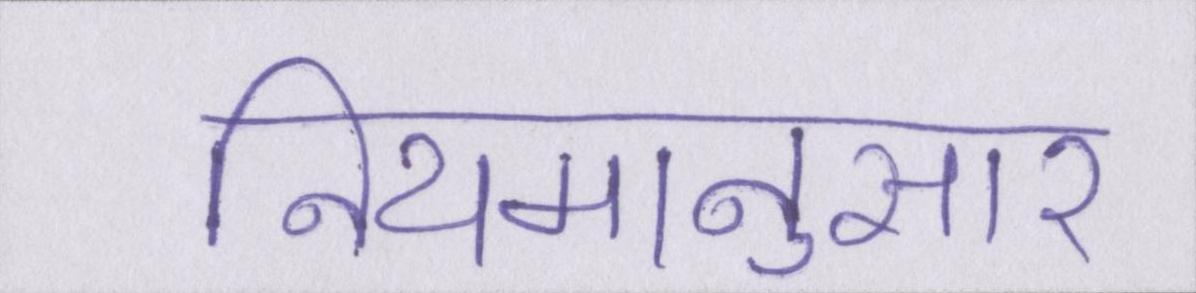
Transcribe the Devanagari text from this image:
नियमानुसार